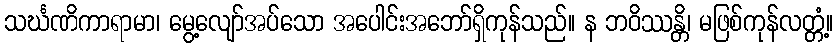
သင်္ဃဏိကာရာမာ၊ မွေ့လျော်အပ်သော အပေါင်းအဘော်ရှိကုန်သည်။ န ဘဝိဿန္တိ၊ မဖြစ်ကုန်လတ္တံ့။